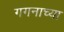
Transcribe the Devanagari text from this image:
गगनाच्या